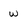
Character: w